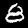
Label: 8